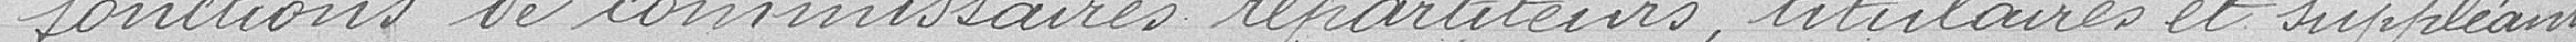
fonctions de commissaires, répartiteurs, titulaires et suppléants